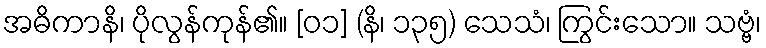
အဓိကာနိ၊ ပိုလွန်ကုန်၏။ [၀၁] (နိ၊ ၁၃၅) သေသံ၊ ကြွင်းသော။ သဗ္ဗံ၊